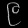
Digit: ၉